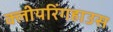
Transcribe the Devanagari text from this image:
क्लीयरिंगहाउस